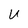
Character: U